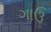
ગાઉ